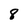
Character: 8